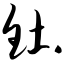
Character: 钍